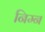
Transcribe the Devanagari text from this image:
निम्‍न